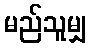
မည်သူမျှ